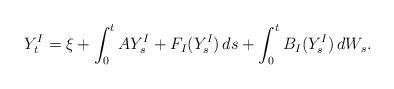
LaTeX: \begin{align*}Y^I_t=\xi+\int^t_0AY^I_s + F_I(Y^I_s)\, ds+\int^t_0B_I(Y^I_s)\, dW_s.\end{align*}